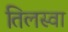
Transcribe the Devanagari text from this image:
तिलस्वा